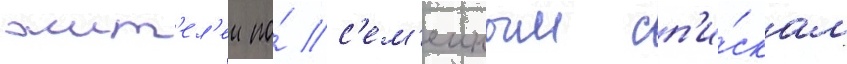
жит'ел'еи по́ с'ем'еиным сп'и́скам